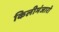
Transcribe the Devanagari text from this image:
किलीमंजारो